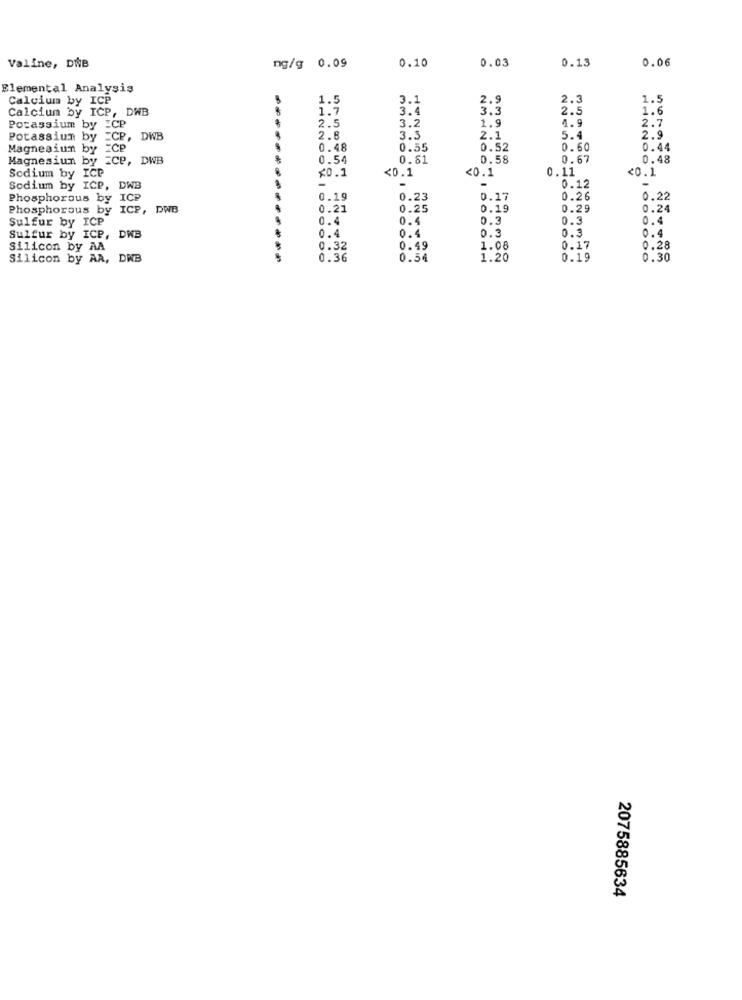
0.03
0.13
0.06
Valine, DNB
mg/g 0.09
0.10
Elemental Analysis
Calcium by ICP
1.5
3.1
2.9
2.3
1.5
Calcium by ICP, DWB
1.7
3.4
3.3
2.5
1.6
1.9
4.9
2.7
Potassium by ICP
2.5
3.2
Potassium by _CP,
2.8
3.3
2.1
5.4
2.9
Magnesiun by ICP
0.48
0.35
0.52
0.60
0.44
Magnesium by =CP, DWB
0.54
0.61
0.58
0.67
0.48
<0.1
<0.1
0.11
<0.1
Sodium by ICP
≤0.1
-
Sodium by ICP, DWB
-
-
0.12
-
Phosphorous by ICP
0.19
0.23
0.17
0.26
0.22
Phosphorous by ICP, DWB
0.21
0.25
0.19
0.29
0.24
Sulfur by ICP
0.4
0.4
0.5
0.4
0.
Sulfur by ICP, DWB
0.4
0.3
0.4
Silicon by AA
0.32
0.49
1.08
0.17
0.28
Silicon by AA, DWB
0.36
0.54
1.20
0.19
0.30
2075885634